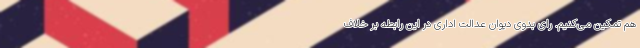
هم تمکین می‌کنیم. رای بدوی دیوان عدالت اداری در این رابطه بر خلاف